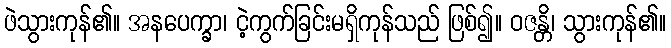
ဖဲသွားကုန်၏။ အနပေက္ခာ၊ ငဲ့ကွက်ခြင်းမရှိကုန်သည် ဖြစ်၍။ ဝဇန္တိ၊ သွားကုန်၏။